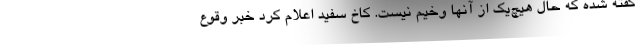
گفته شده که حال هیچ‌یک از آنها وخیم نیست. کاخ سفید اعلام کرد خبر وقوع